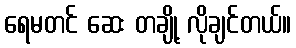
ရေမတင် ဆေး တချို့ လိုချင်တယ်။